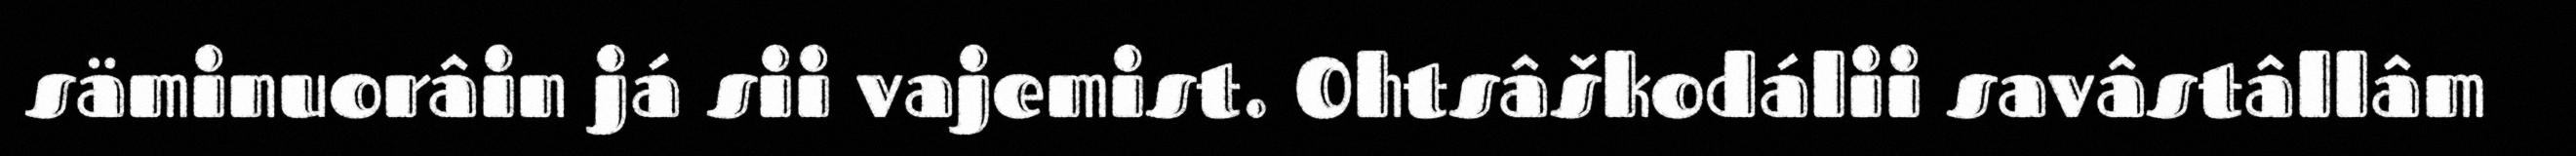
säminuorâin já sii vajemist. Ohtsâškodálii savâstâllâm